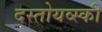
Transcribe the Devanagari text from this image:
दस्तोयव्स्की